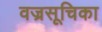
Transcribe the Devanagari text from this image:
वज्रसूचिका